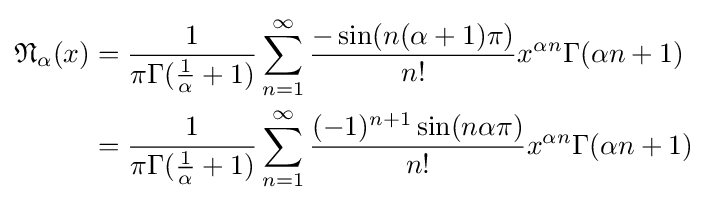
{\begin{aligned}{\mathfrak {N}}_{\alpha }(x)&={\frac {1}{\pi \Gamma ({\frac {1}{\alpha }}+1)}}\sum _{n=1}^{\infty }{\frac {-\sin(n(\alpha +1)\pi )}{n!}}{x}^{\alpha n}\Gamma (\alpha n+1)\\&={\frac {1}{\pi \Gamma ({\frac {1}{\alpha }}+1)}}\sum _{n=1}^{\infty }{\frac {(-1)^{n+1}\sin(n\alpha \pi )}{n!}}{x}^{\alpha n}\Gamma (\alpha n+1)\\\end{aligned}}